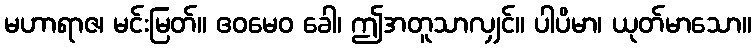
မဟာရာဇ၊ မင်းမြတ်။ ဧဝမေဝ ခေါ၊ ဤအတူသာလျှင်။ ပါပိမာ၊ ယုတ်မာသော။